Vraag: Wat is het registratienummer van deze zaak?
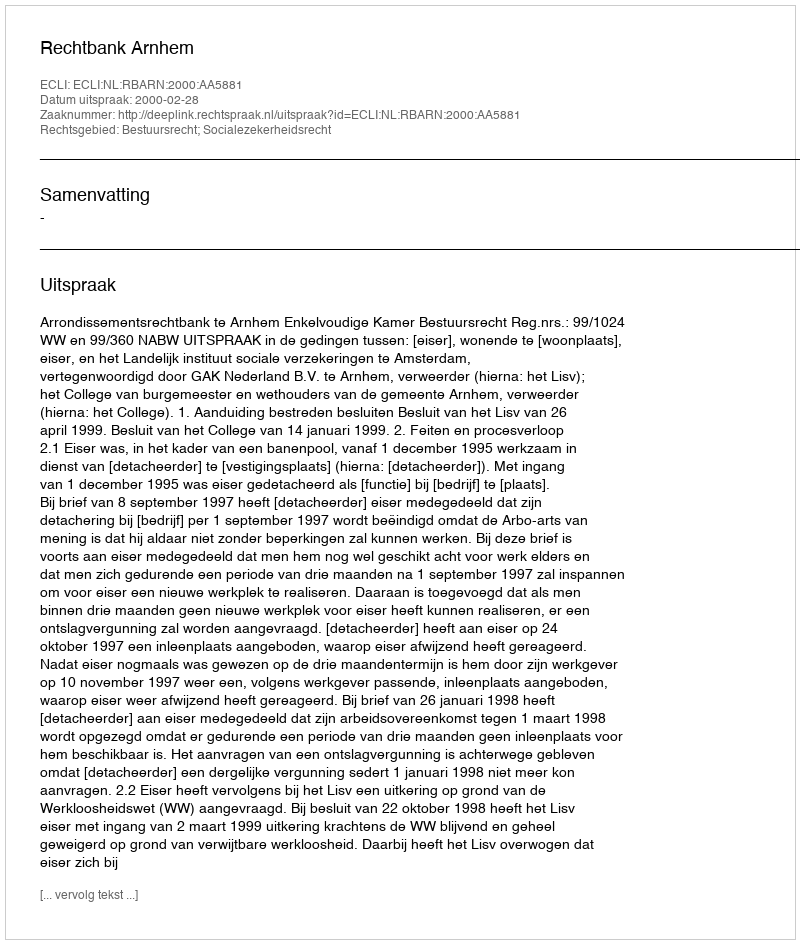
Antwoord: http://deeplink.rechtspraak.nl/uitspraak?id=ECLI:NL:RBARN:2000:AA5881